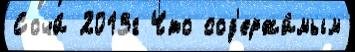
Сочи́ 2013г Что сод'ержи́мым